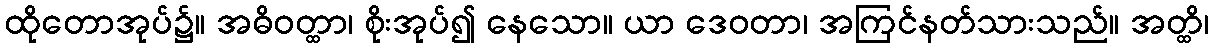
ထိုတောအုပ်၌။ အဓိဝတ္ထာ၊ စိုးအုပ်၍ နေသော။ ယာ ဒေဝတာ၊ အကြင်နတ်သားသည်။ အတ္ထိ၊